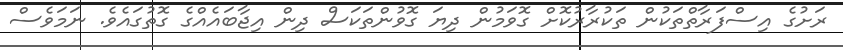
ރަށުގެ އިސްފަރާތްތަކުން ތަކުރާރުކޮށް ގޮވަމުން ދިޔަ ގޮވުންތަކަސް ދިން އިޖާބައެއްގެ ގޮތުގައެވެ. ނަމަވެސް